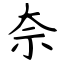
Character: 奈